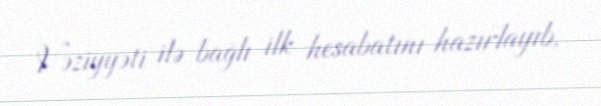
Vəziyyəti ilə bağlı ilk hesabatını hazırlayıb.